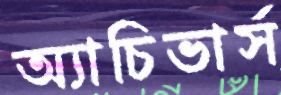
অ্যাচিভার্স